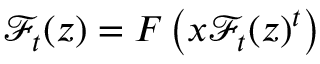
{ \mathcal { F } } _ { t } ( z ) = F \left( x { \mathcal { F } } _ { t } ( z ) ^ { t } \right)